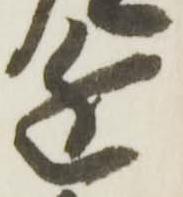
近